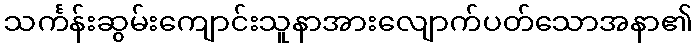
သင်္ကန်းဆွမ်းကျောင်းသူနာအားလျောက်ပတ်သောအနာ၏